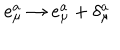
LaTeX: e _ { \mu } ^ { a } \to e _ { \mu } ^ { a } + \delta _ { \mu } ^ { a }